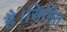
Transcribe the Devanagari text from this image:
है।सिमित